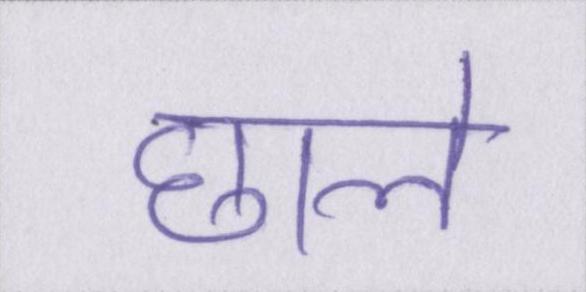
छाले